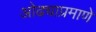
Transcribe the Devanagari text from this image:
ओढ्याप्रमाणे